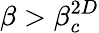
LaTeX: \beta>\beta_{c}^{2D}